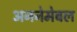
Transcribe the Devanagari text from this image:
अननेमेबल